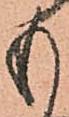
も